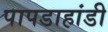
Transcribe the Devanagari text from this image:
पापडाहांडी